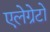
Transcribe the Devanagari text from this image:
एलेग्रेटो